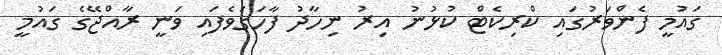
ގައުމީ ފެންވަރުގައި ކްރިކެޓް ކުޅުނު އިރު ނިހާދު ފާހަގަވެފައި ވަނީ ރާއްޖޭގެ ގައުމީ